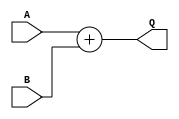
// This program was cloned from: https://github.com/steveicarus/ivtest
// License: GNU General Public License v2.0


module addN
  #(parameter WID = 4)
   (input wire [WID-1:0] A,
    input wire [WID-1:0] B,
    output wire [WID:0]  Q
    /* */);

   assign Q = A + B;

endmodule // add